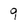
Character: 9